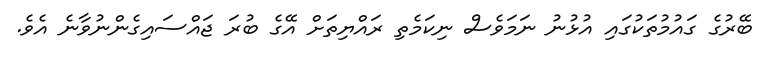
ބޭރުގެ ގައުމުތަކުގައި އުޅުނު ނަމަވެސް ނިކަމެތި ރައްޔިތަށް އޭގެ ބުރަ ޖައްސައިގެންނުވާނެ އެވެ.